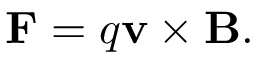
\mathbf { F } = q \mathbf { v } \times \mathbf { B } .